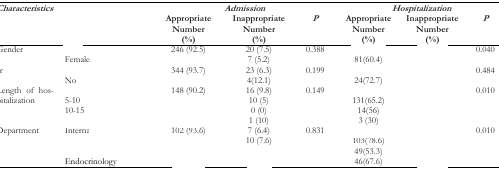
<table><thead><tr><td rowspan="2"><b><i>Characteristics</i></b></td><td rowspan="2">[EMPTY_CELL]</td><td colspan="3"><b><i>Admission</i></b></td><td colspan="3"><b><i>Hospitalization</i></b></td></tr><tr><td><b>Appropriate Number (%)</b></td><td><b>Inappropriate Number (%)</b></td><td><b><i>P</i></b></td><td><b>Appropriate Number (%)</b></td><td><b>Inappropriate Number (%)</b></td><td><b><i>P</i></b></td></tr></thead><tbody><tr><td rowspan="2">Gender</td><td>[EMPTY_CELL]</td><td>246 (92.5)</td><td>20 (7.5)</td><td>0.388</td><td>[EMPTY_CELL]</td><td>[EMPTY_CELL]</td><td>0.040</td></tr><tr><td>Female</td><td>[EMPTY_CELL]</td><td>7 (5.2)</td><td>[EMPTY_CELL]</td><td>81(60.4)</td><td>[EMPTY_CELL]</td><td>[EMPTY_CELL]</td></tr><tr><td rowspan="2">Insurance</td><td>[EMPTY_CELL]</td><td>344 (93.7)</td><td>23 (6.3)</td><td>0.199</td><td>[EMPTY_CELL]</td><td>[EMPTY_CELL]</td><td>0.484</td></tr><tr><td>No</td><td>[EMPTY_CELL]</td><td>4(12.1)</td><td>[EMPTY_CELL]</td><td>24(72.7)</td><td>[EMPTY_CELL]</td><td>[EMPTY_CELL]</td></tr><tr><td rowspan="4">Length of hospitalization</td><td>[EMPTY_CELL]</td><td>148 (90.2)</td><td>16 (9.8)</td><td>0.149</td><td>[EMPTY_CELL]</td><td>[EMPTY_CELL]</td><td>0.010</td></tr><tr><td>5–10</td><td>[EMPTY_CELL]</td><td>10 (5)</td><td>[EMPTY_CELL]</td><td>131(65.2)</td><td>[EMPTY_CELL]</td><td>[EMPTY_CELL]</td></tr><tr><td>10–15</td><td>[EMPTY_CELL]</td><td>0 (0)</td><td>[EMPTY_CELL]</td><td>14(56)</td><td>[EMPTY_CELL]</td><td>[EMPTY_CELL]</td></tr><tr><td>[EMPTY_CELL]</td><td>[EMPTY_CELL]</td><td>1 (10)</td><td>[EMPTY_CELL]</td><td>3 (30)</td><td>[EMPTY_CELL]</td><td>[EMPTY_CELL]</td></tr><tr><td rowspan="4">Department</td><td>[EMPTY_CELL]</td><td>102 (93.6)</td><td>7 (6.4)</td><td>0.831</td><td>[EMPTY_CELL]</td><td>[EMPTY_CELL]</td><td>0.010</td></tr><tr><td>[EMPTY_CELL]</td><td>[EMPTY_CELL]</td><td>10 (7.6)</td><td>[EMPTY_CELL]</td><td>103(78.6)</td><td>[EMPTY_CELL]</td><td>[EMPTY_CELL]</td></tr><tr><td>[EMPTY_CELL]</td><td>[EMPTY_CELL]</td><td>[EMPTY_CELL]</td><td>[EMPTY_CELL]</td><td>49(53.3)</td><td>[EMPTY_CELL]</td><td>[EMPTY_CELL]</td></tr><tr><td>Endocrinology</td><td>[EMPTY_CELL]</td><td>[EMPTY_CELL]</td><td>[EMPTY_CELL]</td><td>46(67.6)</td><td>[EMPTY_CELL]</td><td>[EMPTY_CELL]</td></tr></tbody></table>